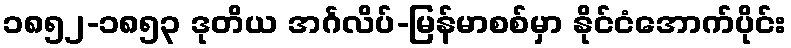
၁၈၅၂-၁၈၅၃ ဒုတိယ အင်္ဂလိပ်-မြန်မာစစ်မှာ နိုင်ငံအောက်ပိုင်း